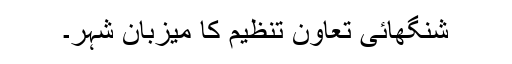
شنگھائی تعاون تنظیم کا میزبان شہر۔